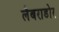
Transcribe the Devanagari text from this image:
लैबराडोर